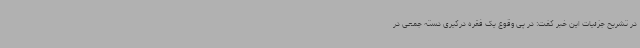
در تشریح جزئیات این خبر گفت: در پی وقوع یک فقره درگیری دسته جمعی در